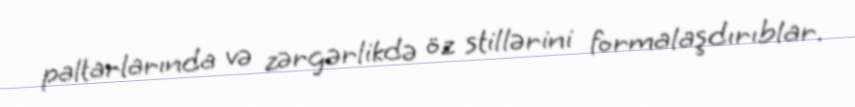
paltarlarında və zərgərlikdə öz stillərini formalaşdırıblar.